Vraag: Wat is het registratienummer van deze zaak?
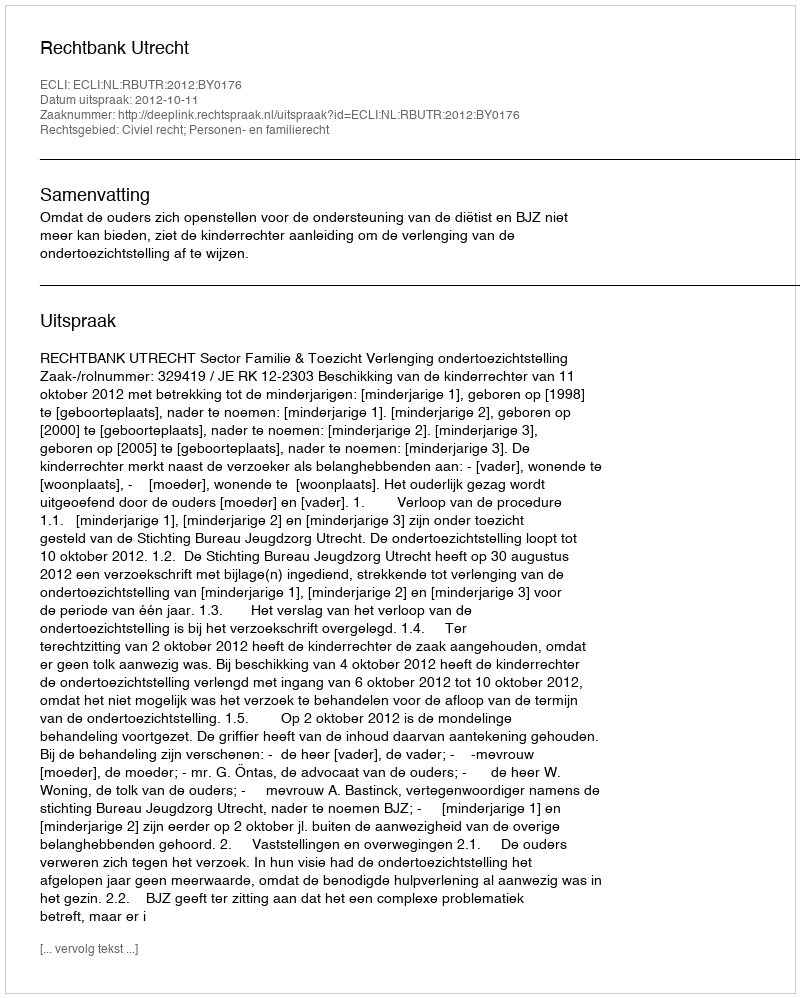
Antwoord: http://deeplink.rechtspraak.nl/uitspraak?id=ECLI:NL:RBUTR:2012:BY0176